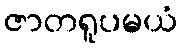
ဇာတရူပမယံ